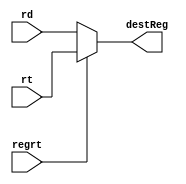
`timescale 1ns / 1ps
//////////////////////////////////////////////////////////////////////////////////
// Company: 
// Engineer: 
// 
// Design Name: 
// Module Name: Datapath
// Project Name: 
// Target Devices: 
// Tool Versions: 
// Description: 
// 
// Dependencies: 
// 
// Revision:
// Revision 0.01 - File Created
// Additional Comments:
// 
//////////////////////////////////////////////////////////////////////////////////
module RegrtMultiplexer( 
    input [4:0] rt,
    input [4:0] rd,
    input regrt,
    output reg [4:0] destReg
    );

    always @(*)
    begin
        if (regrt == 0)
            destReg = rd;
        else
            destReg = rt;
    end 
endmodule